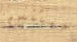
ممتنين